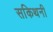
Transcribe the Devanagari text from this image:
सकिथनी